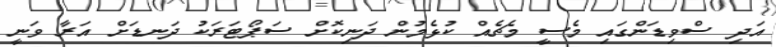
އަދި ސްވިޑަންގައި މެސީ މެޗެއް ކުޅެމުން ދަނިކޮށް ސަޕޯޓަރަކު ދަނޑަށް އަރާ ވަނީ